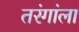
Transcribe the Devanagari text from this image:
तरंगांला